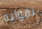
تقوليه